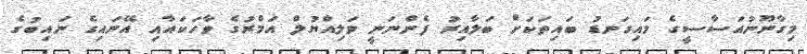
މިގާނޫނުއަސާސީގެ މައިގަނޑު ބައިތަކަށް ބަލާއިރު ފެންނަނީ ވަލިއްޔުލް އަމްރުގެ ވާހަކައާއި އޭނައިގެ ނައިބުގެ